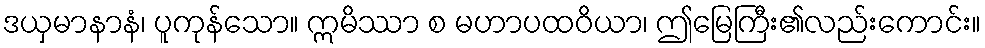
ဒယှမာနာနံ၊ ပူကုန်သော။ ဣမိဿာ စ မဟာပထဝိယာ၊ ဤမြေကြီး၏လည်းကောင်း။